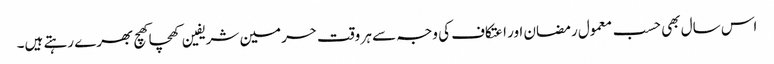
اس سال بھی حسب معمول رمضان اور اعتکاف کی وجہ سے ہر وقت حرمین شریفین کھچا کھچ بھرے رہتے ہیں۔